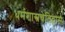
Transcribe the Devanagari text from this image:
धर्मशास्त्रचेतिहासः